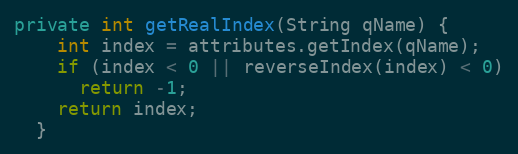
Language: Java
private int getRealIndex(String qName) {
    int index = attributes.getIndex(qName);
    if (index < 0 || reverseIndex(index) < 0)
      return -1;
    return index;
  }